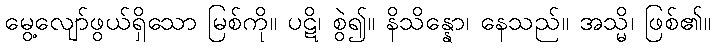
မွေ့လျော်ဖွယ်ရှိသော မြစ်ကို။ ပဋိ၊ စွဲ၍။ နိသိန္နော၊ နေသည်။ အသ္မိ၊ ဖြစ်၏။